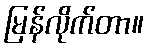
မြန်လိုက်တာ။